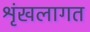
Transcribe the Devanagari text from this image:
श्रृंखलागत